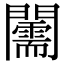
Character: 𨷘